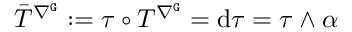
\bar { T } ^ { \nabla ^ { \mathtt { G } } } : = \tau \circ T ^ { \nabla ^ { \mathtt { G } } } = \mathrm { d } \tau = \tau \wedge \alpha